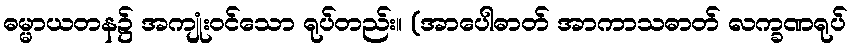
ဓမ္မာယတန၌ အကျုံးဝင်သော ရုပ်တည်း။ (အာပေါဓာတ် အာကာသဓာတ် လက္ခဏရုပ်